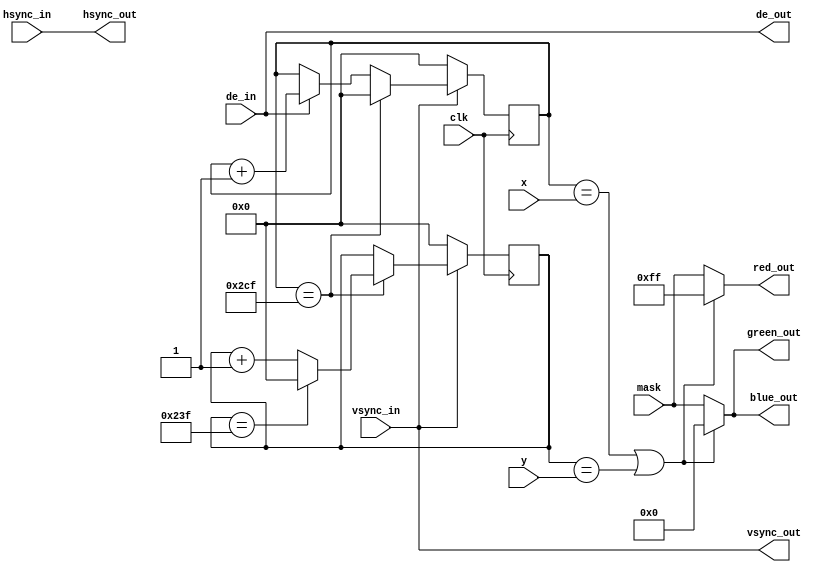
`timescale 1ns / 1ps
//////////////////////////////////////////////////////////////////////////////////
// Company: 
// Engineer: 
// 
// Design Name: 
// Module Name:    visualize 
// Project Name: 
// Target Devices: 
// Tool versions: 
// Description: 
//
// Dependencies: 
//
// Revision: 
// Revision 0.01 - File Created
// Additional Comments: 
//
//////////////////////////////////////////////////////////////////////////////////
module visualize(clk, de_in, hsync_in, vsync_in, x, y, mask, de_out, hsync_out, vsync_out, red_out, green_out, blue_out);
	parameter IMG_W = 720;
	parameter IMG_H = 576;
	input clk;
	input de_in;
	input hsync_in;
	input vsync_in;
	input [11:0]x;
	input [11:0]y;
	input [7:0]mask;
	output de_out;
	output hsync_out;
	output vsync_out;
	output [7:0]red_out;
	output [7:0]green_out;
	output [7:0]blue_out;
	
	reg [11:0]h_cnt = 0;
	reg [11:0]v_cnt = 0;
	
	//======== Column and rows counters ======
	always @(posedge clk)
	begin
		if (vsync_in == 0) 
		begin
			h_cnt <= 0;
			v_cnt <= 0;			
		end
		else
		begin
			if(de_in == 1) h_cnt <= h_cnt + 1;
			if(h_cnt == IMG_W - 1) 
			begin 
				h_cnt <= 0;
				v_cnt <= v_cnt + 1;
				if(v_cnt == IMG_H - 1) v_cnt <= 0;			
			end			
		end
	end
	
	assign red_out = ((h_cnt == x || v_cnt == y) ? 8'hff : mask);
	assign green_out = ((h_cnt == x || v_cnt == y) ? 8'h00 : mask);
	assign blue_out = ((h_cnt == x || v_cnt == y) ? 8'h00 : mask);
	
	/*delayx #(
		.N(3),
		.DELAY(2)
	)
	sync_delay(
    .clk(clk), 
    .ce(ce), 
    .d({de_in, hsync_in, vsync_in}), 
    .q({de_out, hsync_out, vsync_out})
    );*/
	 
	 assign de_out = de_in;
	 assign hsync_out = hsync_in;
	 assign vsync_out = vsync_in; 


endmodule